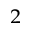
_ 2